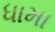
ધામા